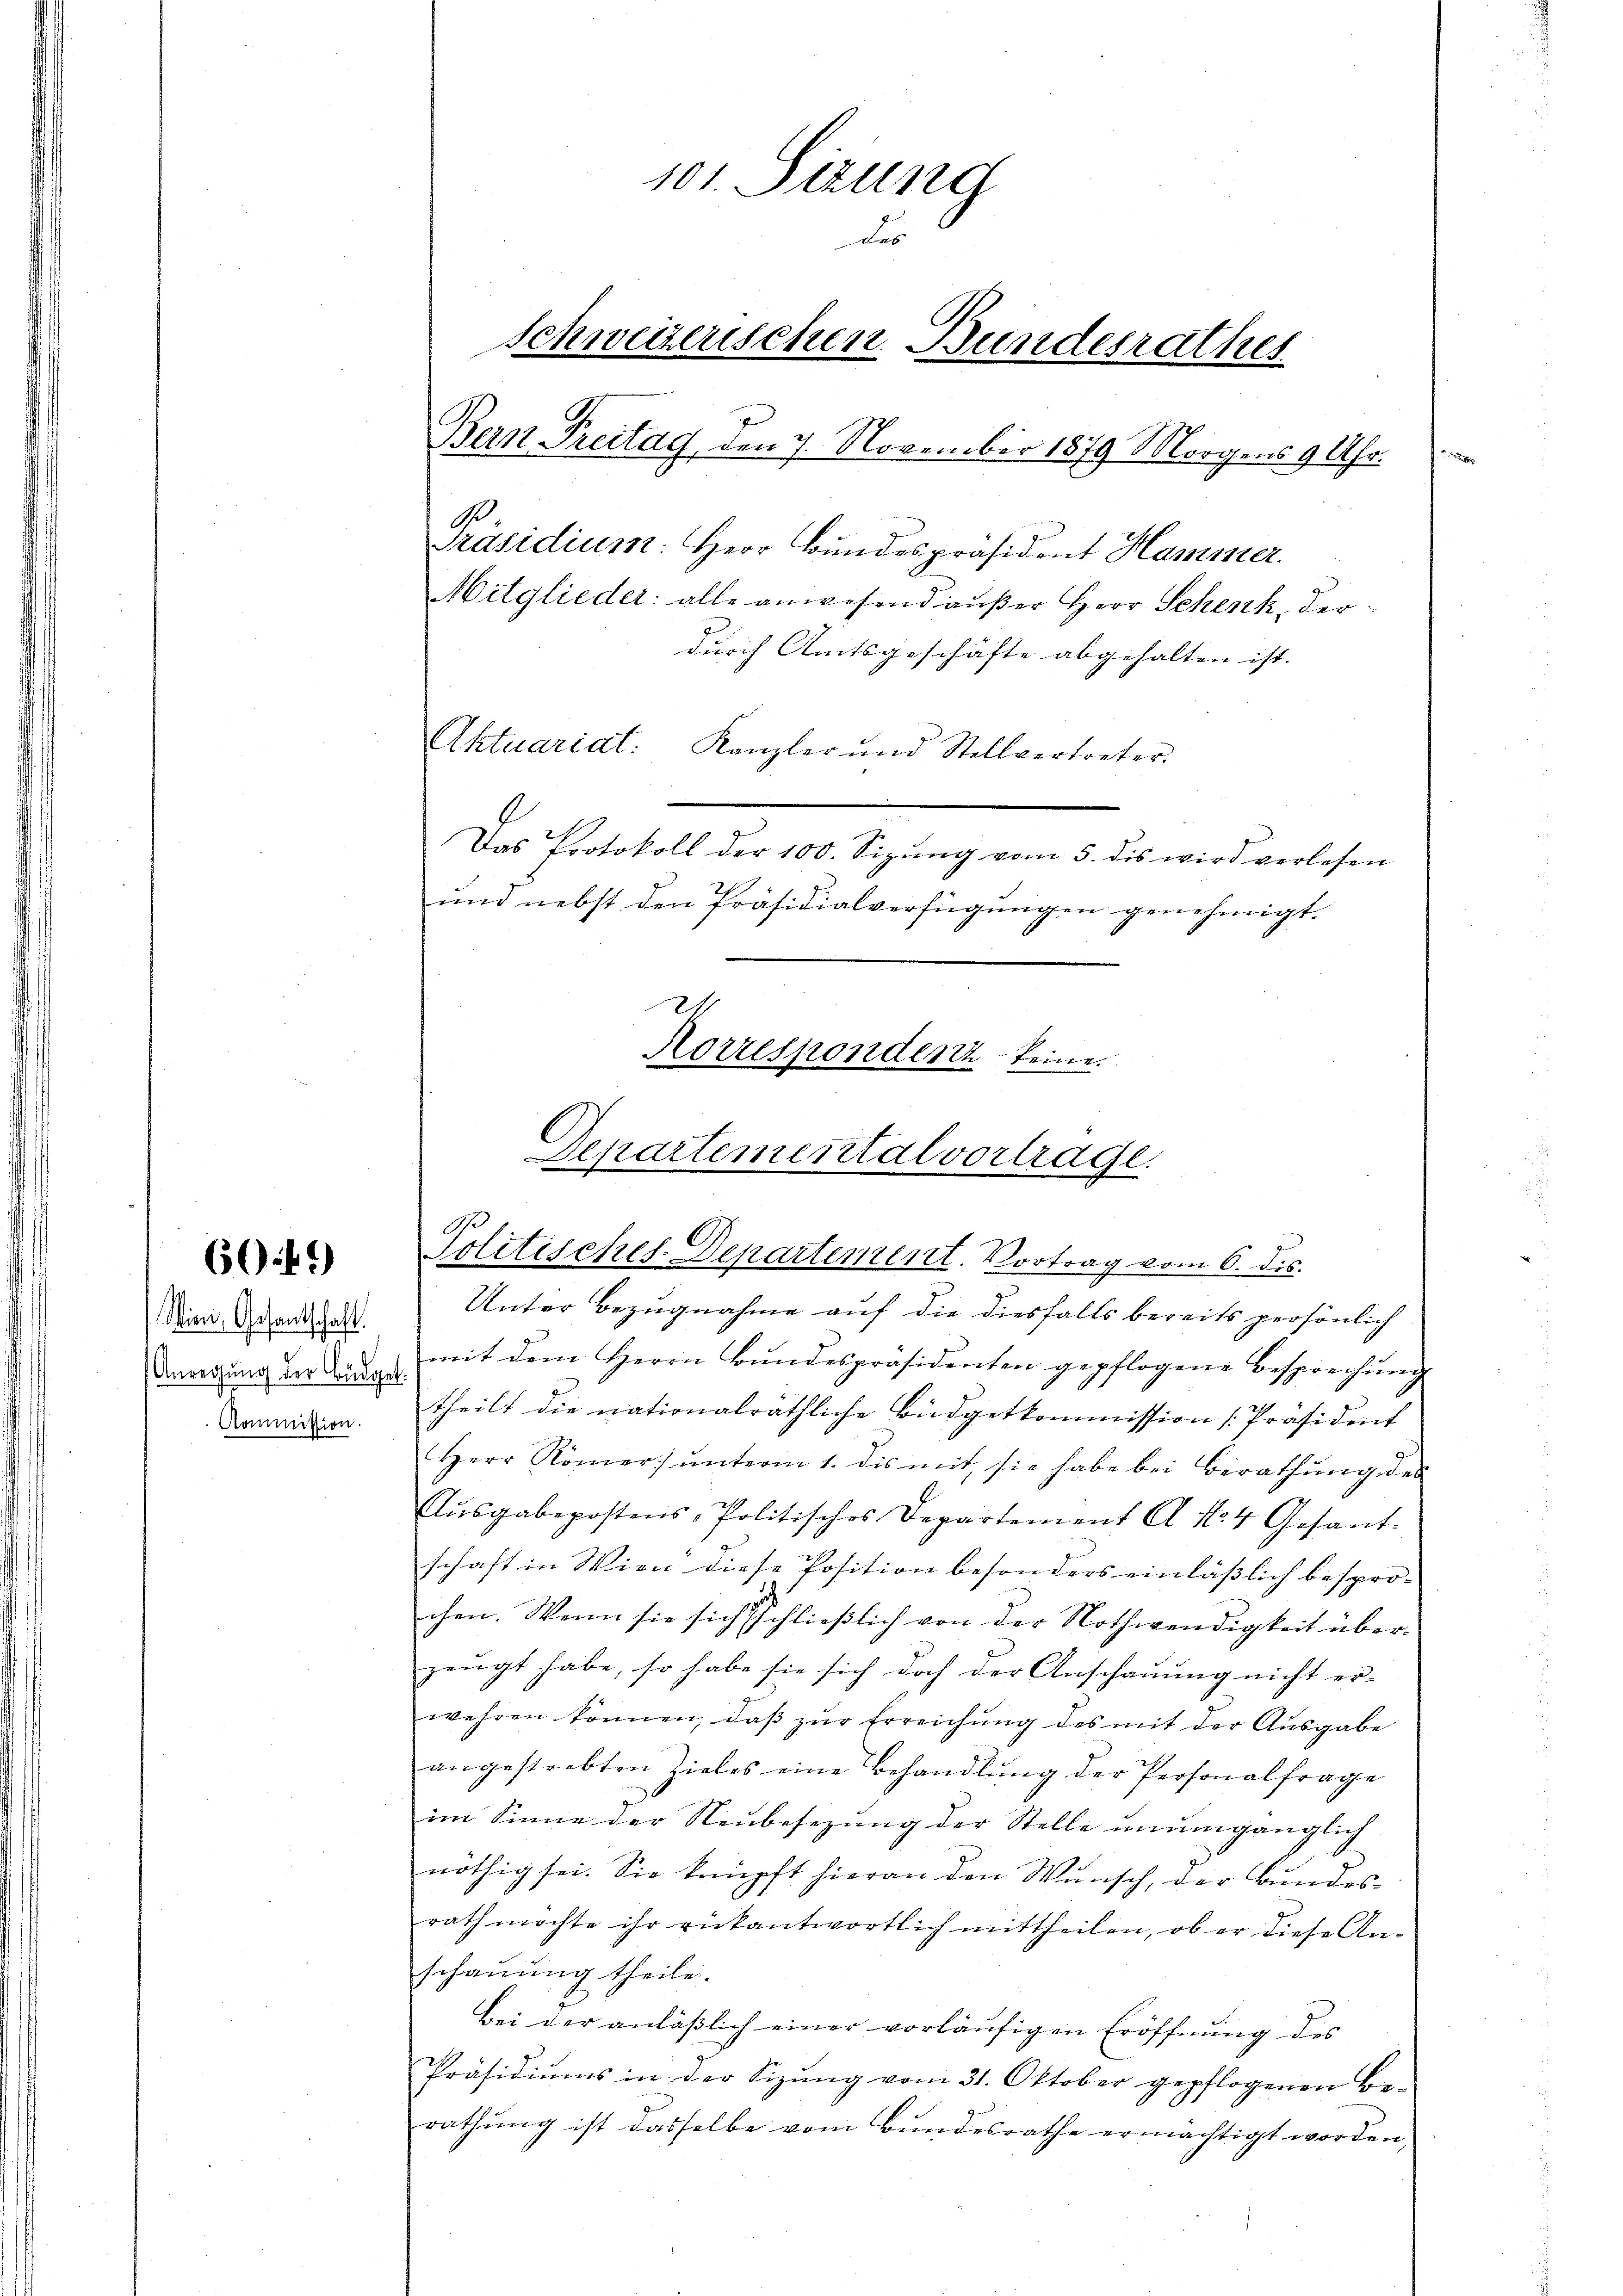
60.41)

Wien, Gesandtschaft.
Anregung der Büdget:
Kommission.

101. Sizung
Les
Schweizerischen Bundesrathes
Bern Freitag, den 7. November 1879 Morgens 9 Uhr.
Präsidium: Herr Bundespräsident Hammer.
Mitglieder: alle anwesend außer Herr Schenk, derdurch Amtsgeschäfte abgehalten ist. |
Aktuariat: Kanzler und Stellvertreter.
Das Protokoll der 100. Sizŭng vom 5. dis wird verlesen
und nebst den Präsidialverfügungen genehmigt.
Korrespondenz keine.

Departemental vortrage.
Politisches-Departement. Vortrag vom 6. dis.

Unter Bezugnahme auf die diesfalls bereits persönlich
mit dem Herrn Bŭndespräsidenten gepflogene Besprechŭng
theilt die nationalräthliche Büdgetkommission [Präsident
Herr Römer) unterm 1. dis mit, sie habe bei Berathung des
.
Aŭsgabepostens, Politisches Departement A No 4 Gesant-
schaft in Wien diese Position besonders einläßlich bespro-
chen. Wenn sie sich schließlich von der Nothwendigkeit über-
zeugt habe, so habe sie sich doch der Anschauung nicht er-
wehren können, daβ zŭr Erreichŭng des mit der Aŭsgabe
angestrebten Zieles eine Behandlung der Personalfrage
im Sinne der Neubesezung der Stelle unumgänglich
nöthig sei. Sie knüpft hieran den Wunsch, der Bundesrath möchte ihr rükantwortlich mittheilen, ob er diese Anschauung theile.
Bei der anläßlich einer vorläufigen Eröffnung des
Präsidiŭms in der Sizŭng vom 31. Oktober gepflogenen Be-
rathung ist dasselbe vom Bundesrathe ermächtigt worden,